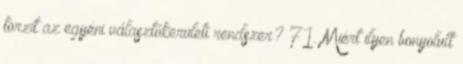
torzít az egyéni választókerületi rendszer? 71. Miért ilyen bonyolult